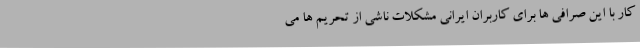
کار با این صرافی ها برای کاربران ایرانی مشکلات ناشی از تحریم ها می